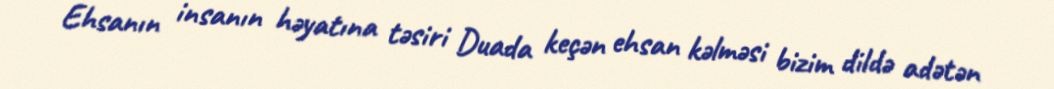
Ehsanın insanın həyatına təsiri Duada keçən ehsan kəlməsi bizim dildə adətən